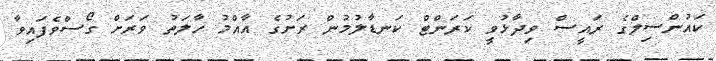
ކައުންސިލްގެ ރައީސް ވިދާޅުވީ ކަރަންޓް ކަނޑާލުމުން ރަށުގެ އާއްމު ހާލަތު ވަރަށް ގޯސްވެފައިވާ